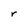
Character: r